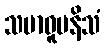
သမာဓူပနိသံ